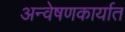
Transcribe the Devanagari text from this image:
अन्वेषणकार्यात